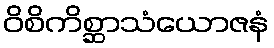
ဝိစိကိစ္ဆာသံယောဇနံ